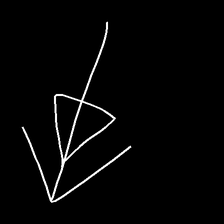
Glyph: pull